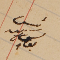
رئيس يوسف زينه